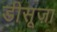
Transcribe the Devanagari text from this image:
डीसूज़ा